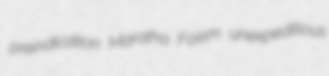
preindication Maratha Foism unexpeditious